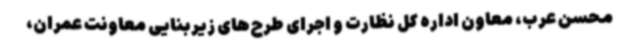
محسن عرب، معاون اداره کل نظارت و اجرای طرح‌های زیربنایی معاونت عمران،